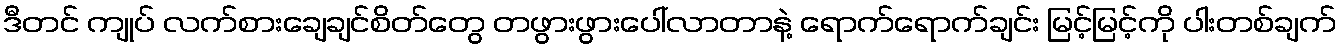
ဒီတင် ကျုပ် လက်စားချေချင်စိတ်တွေ တဖွားဖွားပေါ်လာတာနဲ့ ရောက်ရောက်ချင်း မြင့်မြင့်ကို ပါးတစ်ချက်